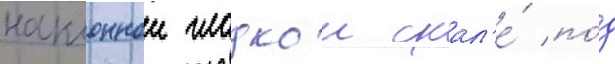
наклоннои гладкои скал'е́ по́д